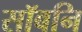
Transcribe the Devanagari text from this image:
सॉबनि